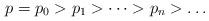
LaTeX: \begin{align*}p= p_0 > p_1 > \dots > p_n > \dots\end{align*}